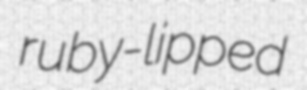
ruby-lipped